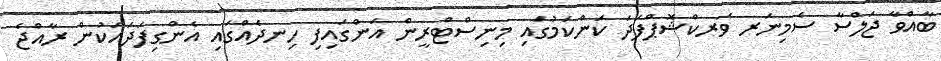
ބާއްވާ ޖަލްސާ ސެމިނަރ ވަރކްޝޮޕްފަދަ ކަންކަމުގައި މިނިސްޓްރީން އަންގައިފި ހިނދެއްގައި އެންގިފަދައަކުން ރާއްޖެ